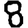
Digit: 8